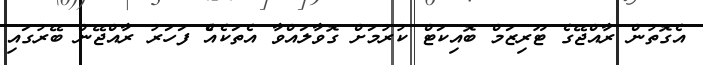
އެގޮތުން ރާއްޖޭގެ ޓޫރިޒަމް ބޮއިކަޓް ކުރުމަށް ގޮވާލައްވާ އެތަކެއެް ފަހަރު ރާއްޖޭން ބޭރުގައި